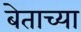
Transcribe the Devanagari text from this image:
बेताच्या